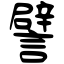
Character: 譬